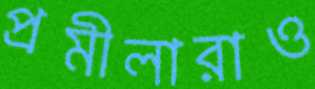
প্রমীলারাও